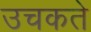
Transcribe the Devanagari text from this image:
उचकते